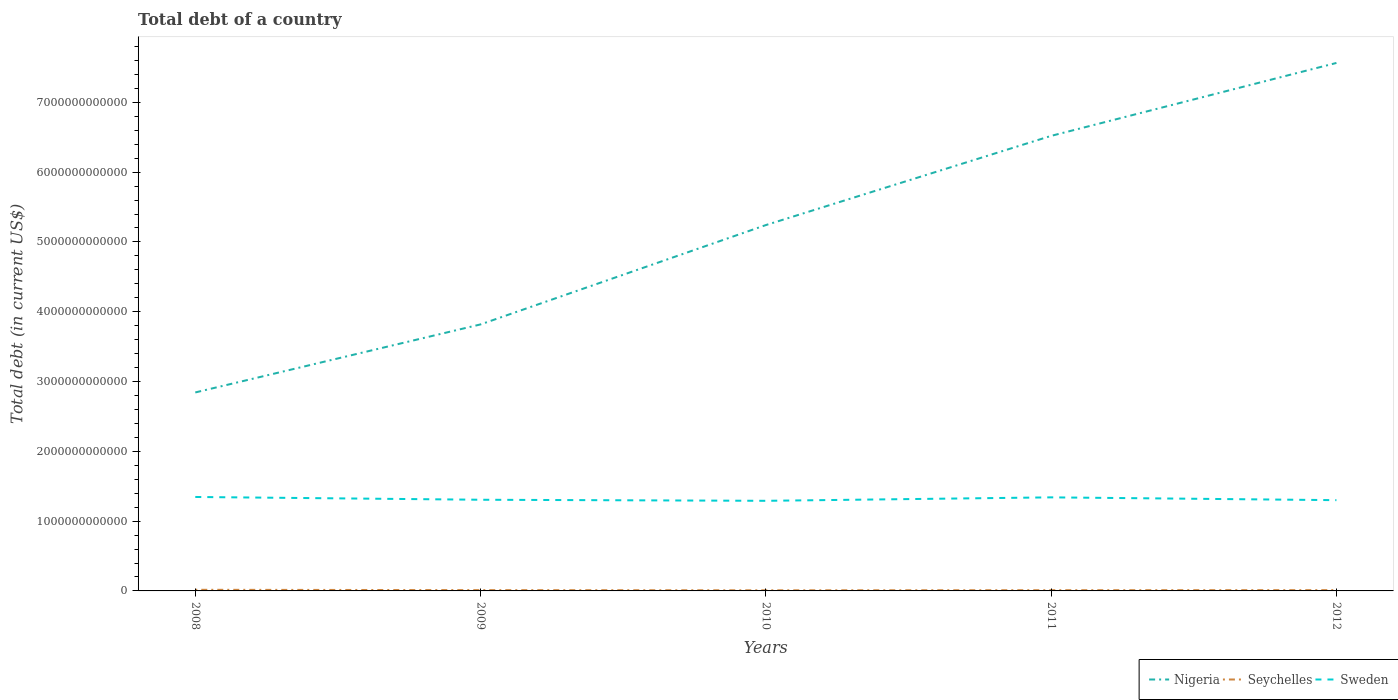
| Years | Nigeria | Seychelles | Sweden |
 | --- | --- | --- | --- |
 | 2008 | 2.84e+12 | 1.62e+10 | 1.35e+12 |
 | 2009 | 3.82e+12 | 1.16e+10 | 1.31e+12 |
 | 2010 | 5.24e+12 | 8.84e+09 | 1.29e+12 |
 | 2011 | 6.52e+12 | 1.04e+10 | 1.34e+12 |
 | 2012 | 7.56e+12 | 1.13e+10 | 1.3e+12 |